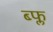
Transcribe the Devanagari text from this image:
ब्फ्ल